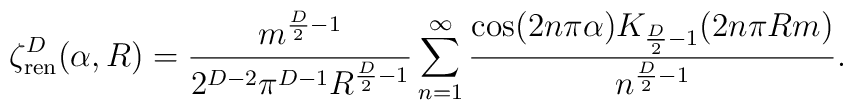
\zeta^D_{\rm ren}(\alpha,R)	=		\frac{m^{{\scriptstyle \frac{D}{2}}-1}}		{2^{D-2}\pi^{D-1}R^{{\scriptstyle \frac{D}{2}}-1}}		\sum_{n=1}^\infty		\frac{\cos(2n\pi\alpha)K_{{\scriptstyle \frac{D}{2}}-1}		(2n\pi Rm)		}{		n^{{\scriptstyle \frac{D}{2}}-1}		}.